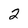
Character: 2